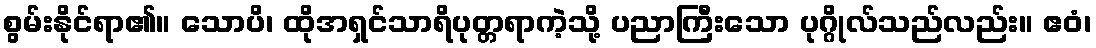
စွမ်းနိုင်ရာ၏။ သောပိ၊ ထိုအရှင်သာရိပုတ္တရာကဲ့သို့ ပညာကြီးသော ပုဂ္ဂိုလ်သည်လည်း။ ဧဝံ၊